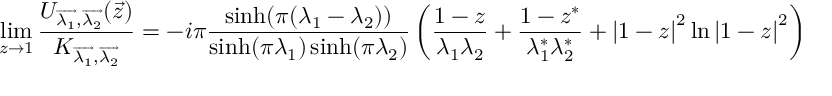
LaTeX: \operatorname * { l i m } _ { z \rightarrow 1 } { \frac { U _ { \overrightarrow { \lambda _ { 1 } } , \overrightarrow { \lambda _ { 2 } } } ( \overrightarrow { z } ) } { K _ { \overrightarrow { \lambda _ { 1 } } , \overrightarrow { \lambda _ { 2 } } } } } = - i \pi \frac { \sinh ( \pi ( \lambda _ { 1 } - \lambda _ { 2 } ) ) } { \sinh ( \pi \lambda _ { 1 } ) \sinh ( \pi \lambda _ { 2 } ) } \left( \frac { 1 - z } { \lambda _ { 1 } \lambda _ { 2 } } + \frac { 1 - z ^ { * } } { \lambda _ { 1 } ^ { * } \lambda _ { 2 } ^ { * } } + \left| 1 - z \right| ^ { 2 } \ln \left| 1 - z \right| ^ { 2 } \right) \, ,